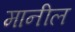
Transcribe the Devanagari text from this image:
मानील